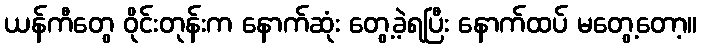
ယန်ကီတွေ ဝိုင်းတုန်းက နောက်ဆုံး တွေ့ခဲ့ရပြီး နောက်ထပ် မတွေ့တော့။